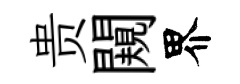
贵闚界